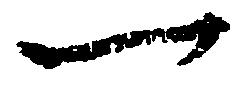
一